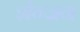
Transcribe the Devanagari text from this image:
शेन्जन